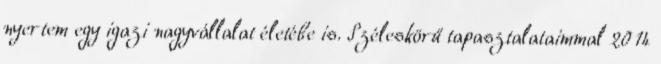
nyertem egy igazi nagyvállalat életébe is. Széleskörű tapasztalataimmal 2014